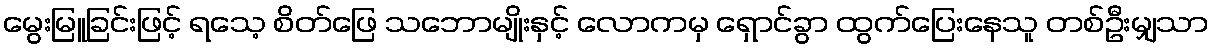
မွေးမြူခြင်းဖြင့် ရသေ့ စိတ်ဖြေ သဘောမျိုးနှင့် လောကမှ ရှောင်ခွာ ထွက်ပြေးနေသူ တစ်ဦးမျှသာ